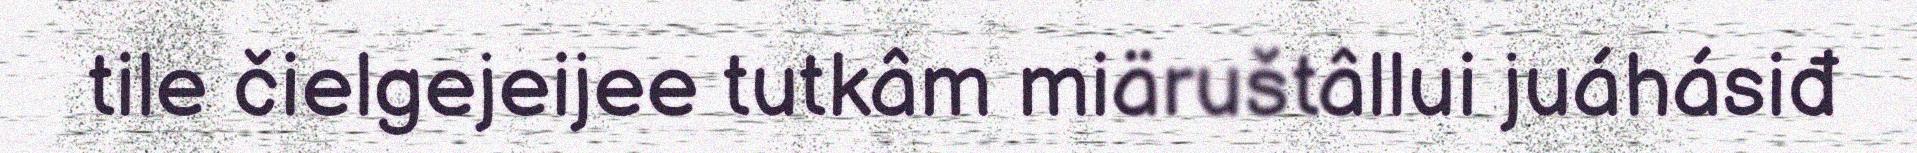
tile čielgejeijee tutkâm miäruštâllui juáhásiđ